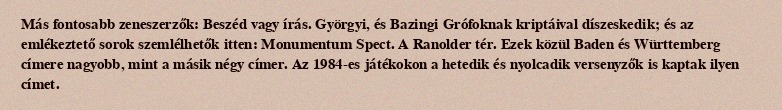
Más fontosabb zeneszerzők: Beszéd vagy írás. Györgyi, és Bazingi Grófoknak kriptáival díszeskedik; és az emlékeztető sorok szemlélhetők itten: Monumentum Spect. A Ranolder tér. Ezek közül Baden és Württemberg címere nagyobb, mint a másik négy címer. Az 1984-es játékokon a hetedik és nyolcadik versenyzők is kaptak ilyen címet.